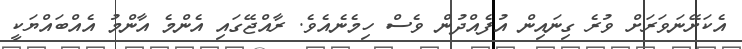
އެކަށޭނަވަރަށް ވުރެ ގިނައިން އުފެއްދުން ވެސް ހިމެނެއެވެ. ރާއްޖޭގައި އެންމެ އާންމު އެއްބައްޔަކީ